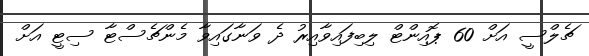
ޗެލްސީ އަށް 60 ޕޮއިންޓް ލިބިފައިވާއިރު ދެ ވަނާގައިވާ މެންޗެސްޓާ ސިޓީ އަށް